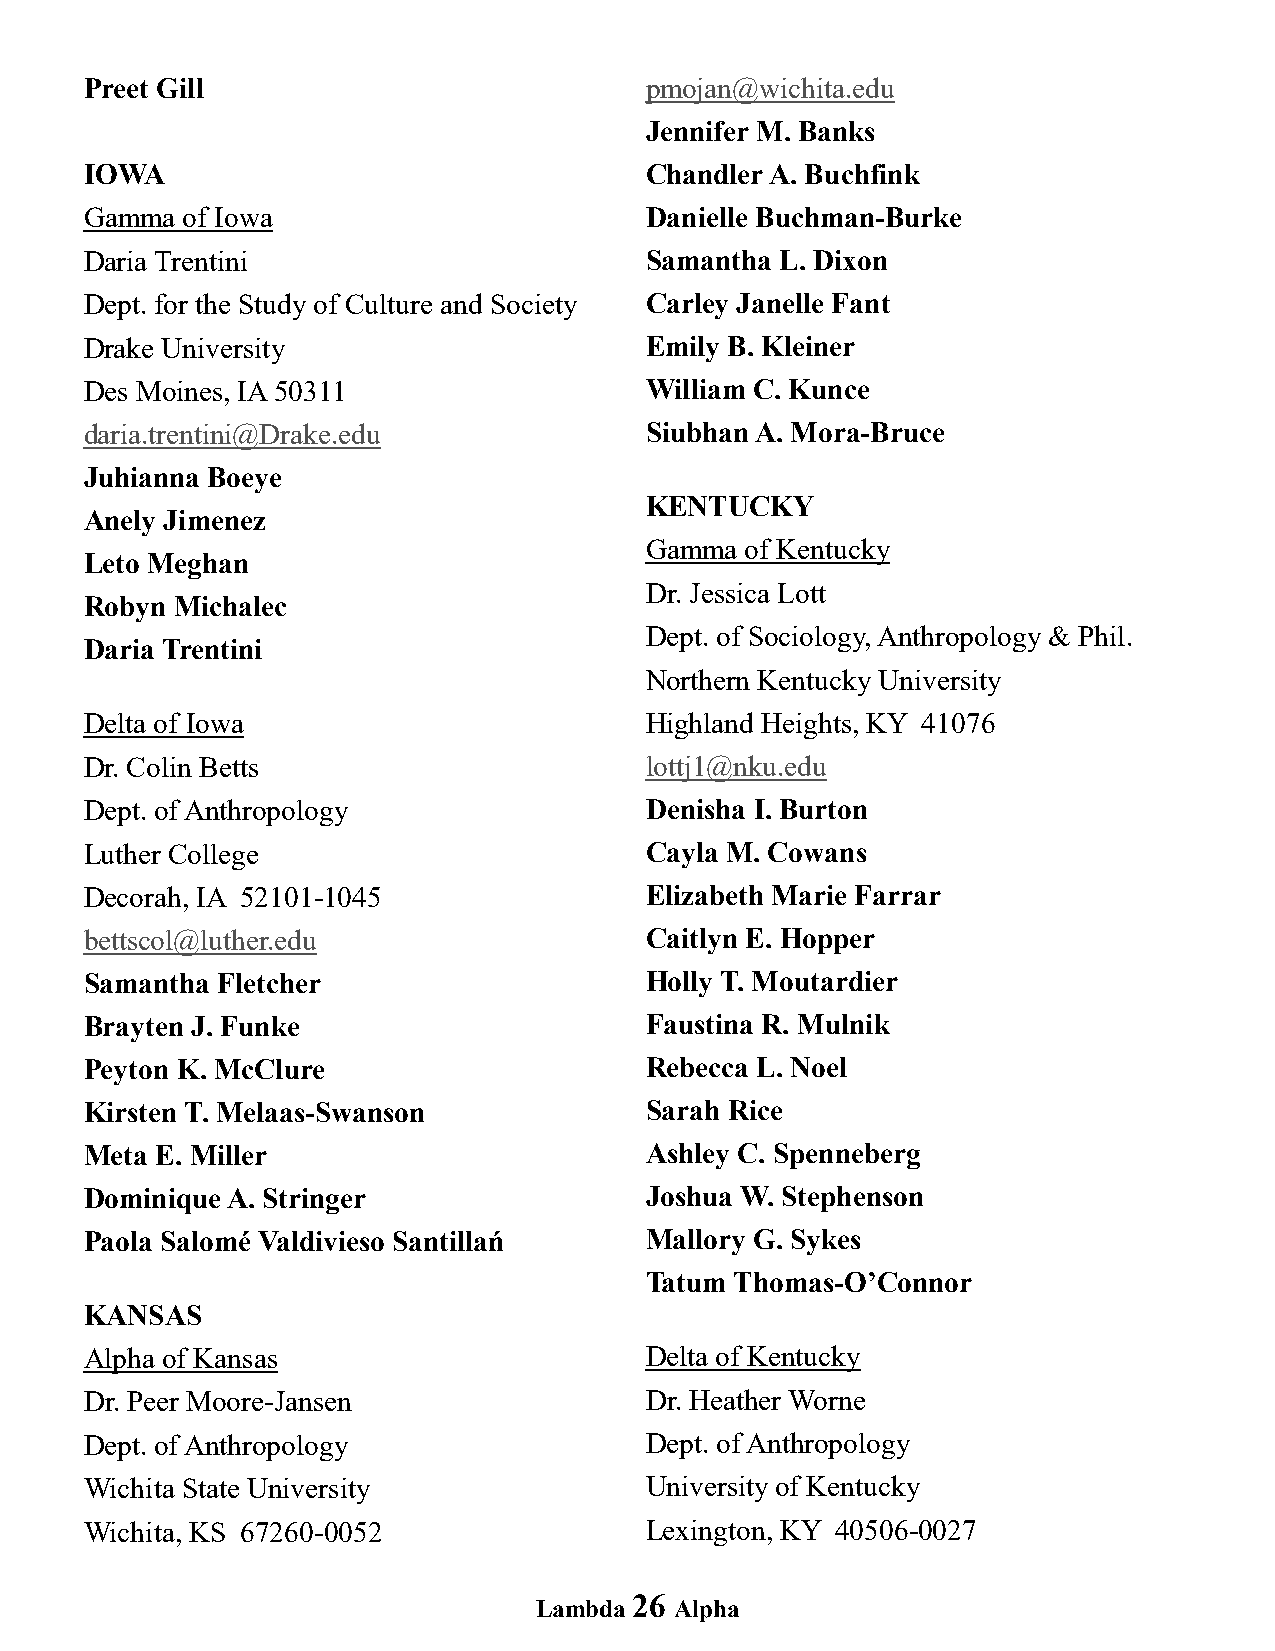
Preet Gill                           pmojan@wichita.edu
 Jennifer M. Banks
 IOWA                                 Chandler A. Buchfink
 Gamma of Iowa                        Danielle Buchman-Burke
 Daria Trentini                       Samantha L. Dixon
 Dept. for the Study of Culture and Society Carley Janelle Fant
 Drake University                     Emily B. Kleiner
 Des Moines, IA 50311                 William C. Kunce
 daria.trentini@Drake.edu             Siubhan A. Mora-Bruce
 Juhianna Boeye
 KENTUCKY
 Anely Jimenez
 Gamma of Kentucky
 Leto Meghan
 Dr. Jessica Lott
 Robyn Michalec
 Dept. of Sociology, Anthropology & Phil.
 Daria Trentini
 Northern Kentucky University
 Delta of Iowa                        Highland Heights, KY 41076
 Dr. Colin Betts                      lottj1@nku.edu
 Dept. of Anthropology                Denisha I. Burton
 Luther College                       Cayla M. Cowans
 Decorah, IA 52101-1045               Elizabeth Marie Farrar
 bettscol@luther.edu                  Caitlyn E. Hopper
 Samantha Fletcher                    Holly T. Moutardier
 Brayten J. Funke                     Faustina R. Mulnik
 Peyton K. McClure                    Rebecca L. Noel
 Kirsten T. Melaas-Swanson            Sarah Rice
 Meta E. Miller                       Ashley C. Spenneberg
 Dominique A. Stringer                Joshua W. Stephenson
 Paola Salomé Valdivieso Santillań    Mallory G. Sykes
 Tatum Thomas-O’Connor
 KANSAS
 Alpha of Kansas                      Delta of Kentucky
 Dr. Peer Moore-Jansen                Dr. Heather Worne
 Dept. of Anthropology                Dept. of Anthropology
 Wichita State University             University of Kentucky
 Wichita, KS 67260-0052               Lexington, KY 40506-0027
 26
 Lambda    Alpha